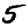
Digit: 5